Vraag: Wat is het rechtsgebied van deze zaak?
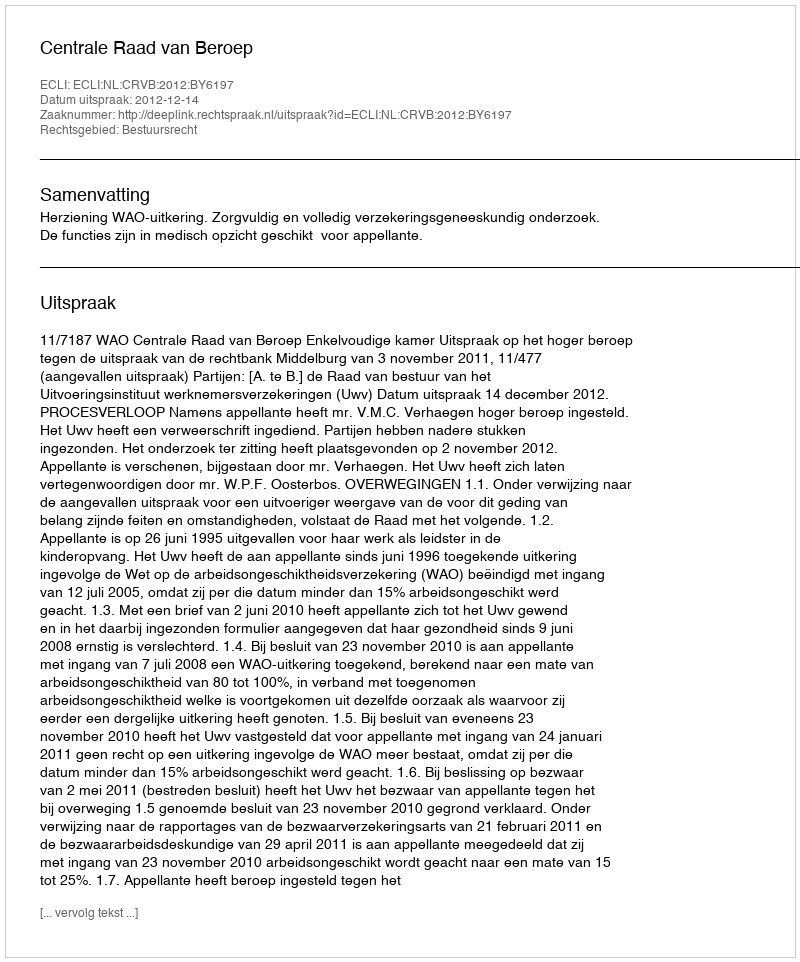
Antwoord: Bestuursrecht